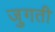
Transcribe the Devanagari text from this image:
जुगती